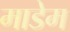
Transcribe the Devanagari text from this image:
माडेम